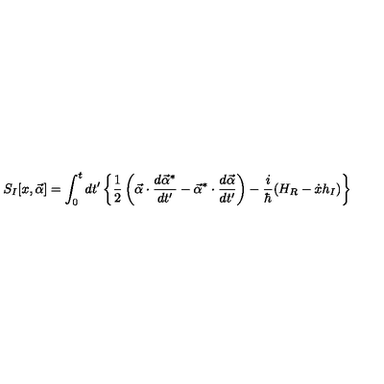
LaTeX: S _ { I } [ x , \vec { \alpha } ] = \int _ { 0 } ^ { t } { d t ^ { \prime } } \left\{ \frac { 1 } { 2 } \left( \vec { \alpha } \cdot \frac { d \vec { \alpha } ^ { * } } { d t ^ { \prime } } - \vec { \alpha } ^ { * } \cdot \frac { d \vec { \alpha } } { d t ^ { \prime } } \right) - \frac { i } { \hbar } ( H _ { R } - \dot { x } h _ { I } ) \right\}